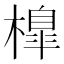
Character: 橰